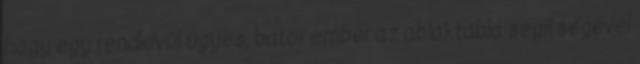
hogy egy rendkívül ügyes, bátor ember az ablaktábla segítségével